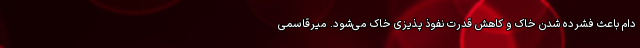
دام باعث فشرده شدن خاک و کاهش قدرت نفوذ پذیزی خاک می‌شود. میرقاسمی